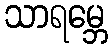
သာရမ္ဘေ